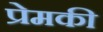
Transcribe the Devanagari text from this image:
प्रेमकी